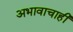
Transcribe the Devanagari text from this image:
अभावाचाही